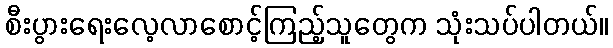
စီးပွားရေးလေ့လာစောင့်ကြည့်သူတွေက သုံးသပ်ပါတယ်။